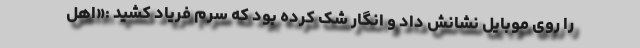
را روی موبایل نشانش داد و انگار شک کرده بود که سرم فریاد کشید :«اهل